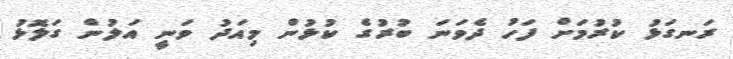
ރަނގަޅު ކުރުމަށް ފަހު ދެވަނަ ބުރުގެ ކުޅުން މިއަދު ވަނީ އަލުން ގަލޮޅު